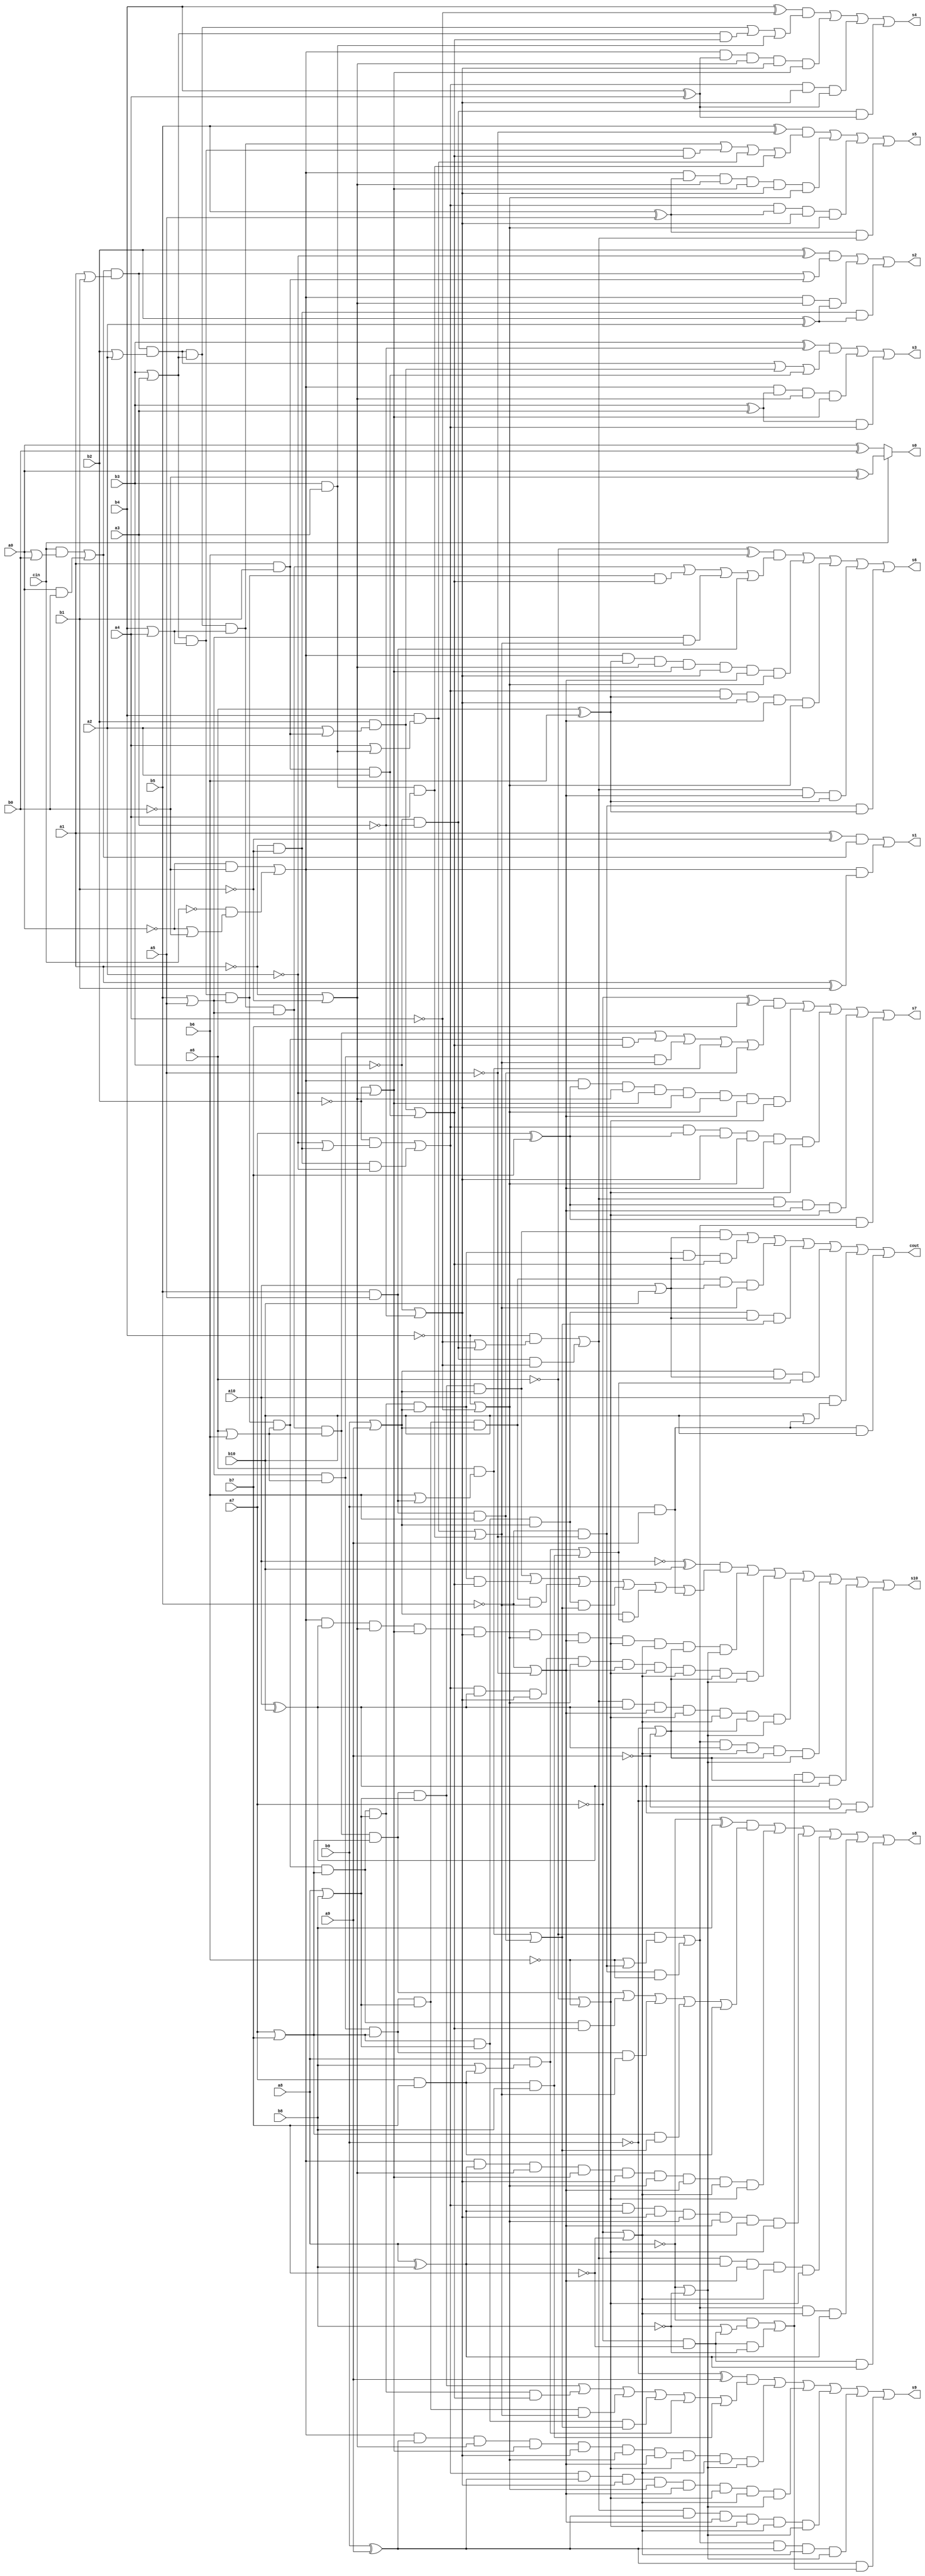
// Benchmark "adder11" written by ABC on Sat Apr 29 10:28:20 2023

module adder11 ( 
    a10, a9, a8, a7, a6, a5, a4, a3, a2, a1, a0, b10, b9, b8, b7, b6, b5,
    b4, b3, b2, b1, b0, cin,
    cout, s10, s9, s8, s7, s6, s5, s4, s3, s2, s1, s0  );
  input  a10, a9, a8, a7, a6, a5, a4, a3, a2, a1, a0, b10, b9, b8, b7,
    b6, b5, b4, b3, b2, b1, b0, cin;
  output cout, s10, s9, s8, s7, s6, s5, s4, s3, s2, s1, s0;
  assign cout = (((cin & (a0 | b0)) | (a0 & b0)) & (a1 | b1) & (b2 | a2) & (b3 | a3) & (b4 | a4) & (b5 | a5) & (a6 | b6) & (a7 | b7) & (a8 | b8) & (b9 | a9) & (a10 | b10)) | ((b3 | a3) & (b4 | a4) & (b5 | a5) & (a6 | b6) & (a7 | b7) & (a8 | b8) & (b9 | a9) & (a10 | b10) & ((b2 & (a2 | (a1 & b1))) | (a1 & b1 & a2))) | ((b5 | a5) & (a6 | b6) & (a7 | b7) & (a8 | b8) & (b9 | a9) & (a10 | b10) & ((b4 & (a4 | (b3 & a3))) | (b3 & a3 & a4))) | ((a7 | b7) & (a8 | b8) & (b9 | a9) & (a10 | b10) & ((a6 & (b6 | (b5 & a5))) | (b5 & a5 & b6))) | ((b9 | a9) & (a10 | b10) & ((a8 & (b8 | (a7 & b7))) | (a7 & b7 & b8))) | (a10 & (b10 | (b9 & a9))) | (b9 & a9 & b10);
  assign s10 = ((~a10 ^ b10) & ((((cin & (a0 | b0)) | (a0 & b0)) & (a1 | b1) & (b2 | a2) & (b3 | a3) & (b4 | a4) & (b5 | a5) & (a6 | b6) & (a7 | b7) & (a8 | b8) & (b9 | a9)) | ((b3 | a3) & (b4 | a4) & (b5 | a5) & (a6 | b6) & (a7 | b7) & (a8 | b8) & (b9 | a9) & ((b2 & (a2 | (a1 & b1))) | (a1 & b1 & a2))) | ((b5 | a5) & (a6 | b6) & (a7 | b7) & (a8 | b8) & (b9 | a9) & ((b4 & (a4 | (b3 & a3))) | (b3 & a3 & a4))) | ((a7 | b7) & (a8 | b8) & (b9 | a9) & ((a6 & (b6 | (b5 & a5))) | (b5 & a5 & b6))) | ((b9 | a9) & ((a8 & (b8 | (a7 & b7))) | (a7 & b7 & b8))) | (b9 & a9))) | (((~a0 & ~b0) | (~cin & (~a0 | ~b0))) & (a10 ^ b10) & (~a1 | ~b1) & (~b2 | ~a2) & (~b3 | ~a3) & (~b4 | ~a4) & (~b5 | ~a5) & (~a6 | ~b6) & (~a7 | ~b7) & (~b9 | ~a9) & (~a8 | ~b8)) | (((~b2 & (~a2 | (~a1 & ~b1))) | (~a1 & ~b1 & ~a2)) & (a10 ^ b10) & (~b3 | ~a3) & (~b4 | ~a4) & (~b5 | ~a5) & (~a6 | ~b6) & (~a7 | ~b7) & (~b9 | ~a9) & (~a8 | ~b8)) | (((~b4 & (~a4 | (~b3 & ~a3))) | (~b3 & ~a3 & ~a4)) & (a10 ^ b10) & (~b5 | ~a5) & (~a6 | ~b6) & (~a7 | ~b7) & (~b9 | ~a9) & (~a8 | ~b8)) | (((~a6 & (~b6 | (~b5 & ~a5))) | (~b5 & ~a5 & ~b6)) & (a10 ^ b10) & (~a7 | ~b7) & (~b9 | ~a9) & (~a8 | ~b8)) | (((~a8 & (~b8 | (~a7 & ~b7))) | (~a7 & ~b7 & ~b8)) & (~b9 | ~a9) & (a10 ^ b10)) | (~b9 & ~a9 & (a10 ^ b10));
  assign s9 = ((~b9 ^ a9) & ((((cin & (a0 | b0)) | (a0 & b0)) & (a1 | b1) & (b2 | a2) & (b3 | a3) & (b4 | a4) & (b5 | a5) & (a6 | b6) & (a7 | b7) & (a8 | b8)) | ((b3 | a3) & (b4 | a4) & (b5 | a5) & (a6 | b6) & (a7 | b7) & (a8 | b8) & ((b2 & (a2 | (a1 & b1))) | (a1 & b1 & a2))) | ((b5 | a5) & (a6 | b6) & (a7 | b7) & (a8 | b8) & ((b4 & (a4 | (b3 & a3))) | (b3 & a3 & a4))) | ((a7 | b7) & (a8 | b8) & ((a6 & (b6 | (b5 & a5))) | (b5 & a5 & b6))) | (a8 & (b8 | (a7 & b7))) | (a7 & b7 & b8))) | (((~a0 & ~b0) | (~cin & (~a0 | ~b0))) & (b9 ^ a9) & (~a1 | ~b1) & (~b2 | ~a2) & (~b3 | ~a3) & (~b4 | ~a4) & (~b5 | ~a5) & (~a6 | ~b6) & (~a7 | ~b7) & (~a8 | ~b8)) | (((~b2 & (~a2 | (~a1 & ~b1))) | (~a1 & ~b1 & ~a2)) & (b9 ^ a9) & (~b3 | ~a3) & (~b4 | ~a4) & (~b5 | ~a5) & (~a6 | ~b6) & (~a7 | ~b7) & (~a8 | ~b8)) | (((~b4 & (~a4 | (~b3 & ~a3))) | (~b3 & ~a3 & ~a4)) & (b9 ^ a9) & (~b5 | ~a5) & (~a6 | ~b6) & (~a7 | ~b7) & (~a8 | ~b8)) | (((~a6 & (~b6 | (~b5 & ~a5))) | (~b5 & ~a5 & ~b6)) & (b9 ^ a9) & (~a7 | ~b7) & (~a8 | ~b8)) | ((b9 ^ a9) & ((~a8 & (~b8 | (~a7 & ~b7))) | (~a7 & ~b7 & ~b8)));
  assign s8 = ((~a8 ^ b8) & ((((cin & (a0 | b0)) | (a0 & b0)) & (a1 | b1) & (b2 | a2) & (b3 | a3) & (b4 | a4) & (b5 | a5) & (a6 | b6) & (a7 | b7)) | ((b3 | a3) & (b4 | a4) & (b5 | a5) & (a6 | b6) & (a7 | b7) & ((b2 & (a2 | (a1 & b1))) | (a1 & b1 & a2))) | ((b5 | a5) & (a6 | b6) & (a7 | b7) & ((b4 & (a4 | (b3 & a3))) | (b3 & a3 & a4))) | ((a7 | b7) & ((a6 & (b6 | (b5 & a5))) | (b5 & a5 & b6))) | (a7 & b7))) | (((~a0 & ~b0) | (~cin & (~a0 | ~b0))) & (a8 ^ b8) & (~a1 | ~b1) & (~b2 | ~a2) & (~b3 | ~a3) & (~b4 | ~a4) & (~b5 | ~a5) & (~a7 | ~b7) & (~a6 | ~b6)) | (((~b2 & (~a2 | (~a1 & ~b1))) | (~a1 & ~b1 & ~a2)) & (a8 ^ b8) & (~b3 | ~a3) & (~b4 | ~a4) & (~b5 | ~a5) & (~a7 | ~b7) & (~a6 | ~b6)) | (((~b4 & (~a4 | (~b3 & ~a3))) | (~b3 & ~a3 & ~a4)) & (a8 ^ b8) & (~b5 | ~a5) & (~a7 | ~b7) & (~a6 | ~b6)) | (((~a6 & (~b6 | (~b5 & ~a5))) | (~b5 & ~a5 & ~b6)) & (~a7 | ~b7) & (a8 ^ b8)) | (~a7 & ~b7 & (a8 ^ b8));
  assign s7 = ((~a7 ^ b7) & ((((cin & (a0 | b0)) | (a0 & b0)) & (a1 | b1) & (b2 | a2) & (b3 | a3) & (b4 | a4) & (b5 | a5) & (a6 | b6)) | ((b3 | a3) & (b4 | a4) & (b5 | a5) & (a6 | b6) & ((b2 & (a2 | (a1 & b1))) | (a1 & b1 & a2))) | ((b5 | a5) & (a6 | b6) & ((b4 & (a4 | (b3 & a3))) | (b3 & a3 & a4))) | (a6 & (b6 | (b5 & a5))) | (b5 & a5 & b6))) | (((~a0 & ~b0) | (~cin & (~a0 | ~b0))) & (a7 ^ b7) & (~a1 | ~b1) & (~b2 | ~a2) & (~b3 | ~a3) & (~b4 | ~a4) & (~b5 | ~a5) & (~a6 | ~b6)) | (((~b2 & (~a2 | (~a1 & ~b1))) | (~a1 & ~b1 & ~a2)) & (a7 ^ b7) & (~b3 | ~a3) & (~b4 | ~a4) & (~b5 | ~a5) & (~a6 | ~b6)) | (((~b4 & (~a4 | (~b3 & ~a3))) | (~b3 & ~a3 & ~a4)) & (a7 ^ b7) & (~b5 | ~a5) & (~a6 | ~b6)) | ((a7 ^ b7) & ((~a6 & (~b6 | (~b5 & ~a5))) | (~b5 & ~a5 & ~b6)));
  assign s6 = ((~a6 ^ b6) & ((((cin & (a0 | b0)) | (a0 & b0)) & (a1 | b1) & (b2 | a2) & (b3 | a3) & (b4 | a4) & (b5 | a5)) | ((b3 | a3) & (b4 | a4) & (b5 | a5) & ((b2 & (a2 | (a1 & b1))) | (a1 & b1 & a2))) | ((b5 | a5) & ((b4 & (a4 | (b3 & a3))) | (b3 & a3 & a4))) | (b5 & a5))) | (((~a0 & ~b0) | (~cin & (~a0 | ~b0))) & (a6 ^ b6) & (~a1 | ~b1) & (~b2 | ~a2) & (~b3 | ~a3) & (~b5 | ~a5) & (~b4 | ~a4)) | (((~b2 & (~a2 | (~a1 & ~b1))) | (~a1 & ~b1 & ~a2)) & (a6 ^ b6) & (~b3 | ~a3) & (~b5 | ~a5) & (~b4 | ~a4)) | (((~b4 & (~a4 | (~b3 & ~a3))) | (~b3 & ~a3 & ~a4)) & (~b5 | ~a5) & (a6 ^ b6)) | (~b5 & ~a5 & (a6 ^ b6));
  assign s5 = ((b5 ^ ~a5) & ((((cin & (a0 | b0)) | (a0 & b0)) & (a1 | b1) & (b2 | a2) & (b3 | a3) & (b4 | a4)) | ((b3 | a3) & (b4 | a4) & ((b2 & (a2 | (a1 & b1))) | (a1 & b1 & a2))) | (b4 & (a4 | (b3 & a3))) | (b3 & a3 & a4))) | (((~a0 & ~b0) | (~cin & (~a0 | ~b0))) & (b5 ^ a5) & (~a1 | ~b1) & (~b2 | ~a2) & (~b3 | ~a3) & (~b4 | ~a4)) | (((~b2 & (~a2 | (~a1 & ~b1))) | (~a1 & ~b1 & ~a2)) & (b5 ^ a5) & (~b3 | ~a3) & (~b4 | ~a4)) | ((b5 ^ a5) & ((~b4 & (~a4 | (~b3 & ~a3))) | (~b3 & ~a3 & ~a4)));
  assign s4 = ((b4 ^ ~a4) & ((((cin & (a0 | b0)) | (a0 & b0)) & (a1 | b1) & (b2 | a2) & (b3 | a3)) | ((b3 | a3) & ((b2 & (a2 | (a1 & b1))) | (a1 & b1 & a2))) | (b3 & a3))) | (((~a0 & ~b0) | (~cin & (~a0 | ~b0))) & (b4 ^ a4) & (~a1 | ~b1) & (~b3 | ~a3) & (~b2 | ~a2)) | (((~b2 & (~a2 | (~a1 & ~b1))) | (~a1 & ~b1 & ~a2)) & (~b3 | ~a3) & (b4 ^ a4)) | (~b3 & ~a3 & (b4 ^ a4));
  assign s3 = ((b3 ^ ~a3) & ((((cin & (a0 | b0)) | (a0 & b0)) & (a1 | b1) & (b2 | a2)) | (b2 & (a2 | (a1 & b1))) | (a1 & b1 & a2))) | (((~a0 & ~b0) | (~cin & (~a0 | ~b0))) & (b3 ^ a3) & (~a1 | ~b1) & (~b2 | ~a2)) | ((b3 ^ a3) & ((~b2 & (~a2 | (~a1 & ~b1))) | (~a1 & ~b1 & ~a2)));
  assign s2 = ((b2 ^ ~a2) & ((((cin & (a0 | b0)) | (a0 & b0)) & (a1 | b1)) | (a1 & b1))) | (((~a0 & ~b0) | (~cin & (~a0 | ~b0))) & (~a1 | ~b1) & (b2 ^ a2)) | (~a1 & ~b1 & (b2 ^ a2));
  assign s1 = ((a1 ^ ~b1) & ((cin & (a0 | b0)) | (a0 & b0))) | (((~a0 & ~b0) | (~cin & (~a0 | ~b0))) & (a1 ^ b1));
  assign s0 = cin ? (a0 ^ ~b0) : (a0 ^ b0);
endmodule